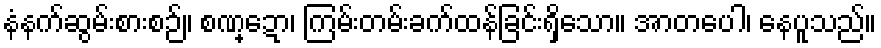
နံနက်ဆွမ်းစားစဉ်။ စဏ္ဍော၊ ကြမ်းတမ်းခက်ထန်ခြင်းရှိသော။ အာတပေါ၊ နေပူသည်။